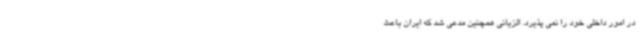
در امور داخلی خود را نمی پذیرد. الزیانی همچنین مدعی شد که ایران باعث